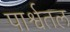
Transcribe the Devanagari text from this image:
पार्श्वतल